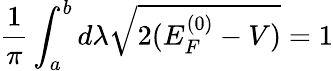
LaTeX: \frac{1}{\pi}\int_{a}^{b}d\lambda\sqrt{2(E_{F}^{(0)}-V)}=1